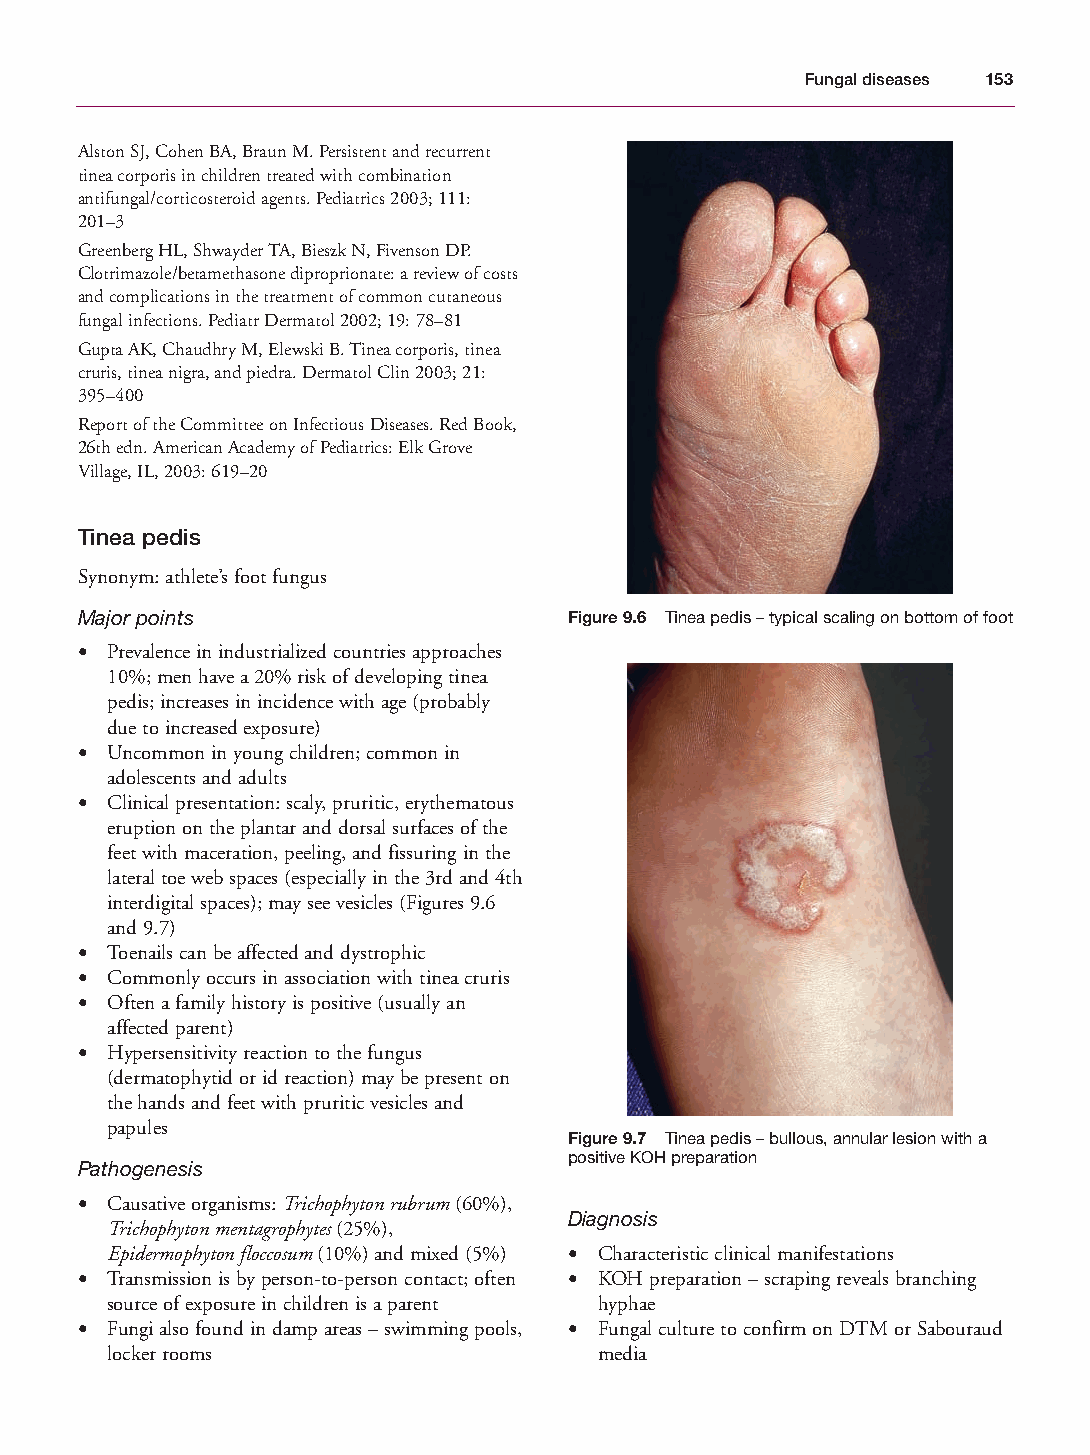
Mallory Chapter 09 27/1/05 2:01 pm Page 153
 Fungal diseases 153
 Alston SJ, Cohen BA, Braun M. Persistent and recurrent
 tinea corporis in children treated with combination
 antifungal/corticosteroid agents. Pediatrics 2003; 111:
 201–3
 Greenberg HL, Shwayder TA, Bieszk N, Fivenson DP.
 Clotrimazole/betamethasone diproprionate: a review of costs
 and complications in the treatment of common cutaneous
 fungal infections. Pediatr Dermatol 2002; 19: 78–81
 Gupta AK, Chaudhry M, Elewski B. Tinea corporis, tinea
 cruris, tinea nigra, and piedra. Dermatol Clin 2003; 21:
 395–400
 Report of the Committee on Infectious Diseases. Red Book,
 26th edn. American Academy of Pediatrics: Elk Grove
 Village, IL, 2003: 619–20
 Tinea pedis
 Synonym: athlete’s foot fungus
 Major points                     Figure 9.6 Tinea pedis – typical scaling on bottom of foot
 • Prevalence in industrialized countries approaches
 10%; men have a 20% risk of developing tinea
 pedis; increases in incidence with age (probably
 due to increased exposure)
 • Uncommon in young children; common in
 adolescents and adults
 • Clinical presentation: scaly, pruritic, erythematous
 eruption on the plantar and dorsal surfaces of the
 feet with maceration, peeling, and fissuring in the
 lateral toe web spaces (especially in the 3rd and 4th
 interdigital spaces); may see vesicles (Figures 9.6
 and 9.7)
 • Toenails can be affected and dystrophic
 • Commonly occurs in association with tinea cruris
 • Often a family history is positive (usually an
 affected parent)
 • Hypersensitivity reaction to the fungus
 (dermatophytid or id reaction) may be present on
 the hands and feet with pruritic vesicles and
 papules
 Figure 9.7 Tinea pedis – bullous, annular lesion with a
 positive KOH preparation
 Pathogenesis
 • Causative organisms: Trichophyton rubrum(60%),
 Diagnosis
 Trichophyton mentagrophytes(25%),
 Epidermophyton floccosum(10%) and mixed (5%) • Characteristic clinical manifestations
 • Transmission is by person-to-person contact; often • KOH preparation – scraping reveals branching
 source of exposure in children is a parent hyphae
 • Fungi also found in damp areas – swimming pools, • Fungal culture to confirm on DTM or Sabouraud
 locker rooms                     media